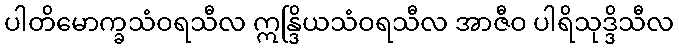
ပါတိမောက္ခသံဝရသီလ ဣန္ဒြိယသံဝရသီလ အာဇီဝ ပါရိသုဒ္ဒိသီလ